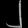
Digit: ၂